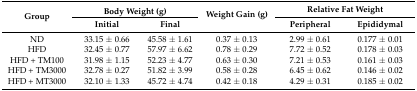
| <ROWSPAN=2> Group | <COLSPAN=2> Body Weight (g) | <ROWSPAN=2> Weight Gain (g) | <COLSPAN=2> Relative Fat Weight |
 | Initial | Final | Peripheral | Epididymal |
 | --- | --- | --- | --- | --- | --- |
 | ND | 33.15 ± 0.66 | 45.58 ± 1.61 | 0.37 ± 0.13 | 2.99 ± 0.61 | 0.177 ± 0.01 |
 | HFD | 32.45 ± 0.77 | 57.97 ± 6.62 | 0.78 ± 0.29 | 7.72 ± 0.52 | 0.178 ± 0.03 |
 | HFD + TM100 | 31.98 ± 1.15 | 52.23 ± 4.77 | 0.63 ± 0.30 | 7.21 ± 0.53 | 0.161 ± 0.03 |
 | HFD + TM3000 | 32.78 ± 0.27 | 51.82 ± 3.99 | 0.58 ± 0.28 | 6.45 ± 0.62 | 0.146 ± 0.02 |
 | HFD + MT3000 | 32.10 ± 1.33 | 45.72 ± 4.74 | 0.42 ± 0.18 | 4.29 ± 0.31 | 0.185 ± 0.02 |